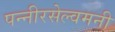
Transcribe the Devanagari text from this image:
पन्नीरसेल्वमनी